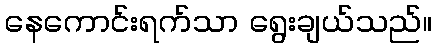
နေကောင်းရက်သာ ရွေးချယ်သည်။